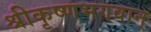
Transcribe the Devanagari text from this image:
श्रीकृष्णभगवान्